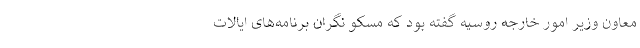
معاون وزیر امور خارجه روسیه گفته بود که مسکو نگران برنامه‌های ایالات